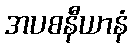
အပစနီယာနံ